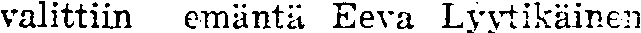
valittiin emäntä Eeva Lyyytikäinen